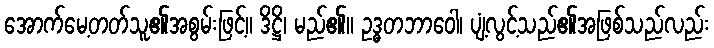
အောက်မေ့တတ်သူ၏အစွမ်းဖြင့်။ ဒိဋ္ဌိ၊ မည်၏။ ဥဒ္ဓတဘာဝေါ၊ ပျံ့လွင့်သည်၏အဖြစ်သည်လည်း